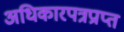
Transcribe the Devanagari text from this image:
अधिकारपत्रप्राप्त